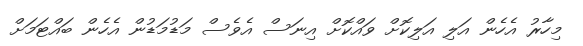
މިހާރު އެހެން އަލި އަލިކޮށް ވައްކޮށް އިނަސް އެވެސް މަޑުމަޑުން އެހެން ބައްޓަމަށް